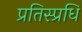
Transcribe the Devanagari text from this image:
प्रतिस्प्रधि